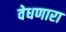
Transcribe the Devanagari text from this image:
वेधणारा